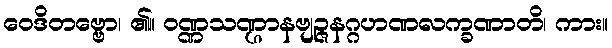
ဝေဒိတဗ္ဗော၊ ၏။ ဝဏ္ဏသဏ္ဌာနဗျဉ္ဇနဂ္ဂဟဏလက္ခဏာတိ၊ ကား။